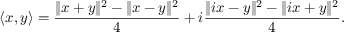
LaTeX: \langle x , y \rangle = { \frac { \| x + y \| ^ { 2 } - \| x - y \| ^ { 2 } } { 4 } } + i { \frac { \| i x - y \| ^ { 2 } - \| i x + y \| ^ { 2 } } { 4 } } .